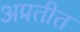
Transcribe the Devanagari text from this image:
अप्रतीत